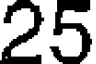
25